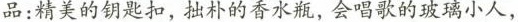
品：精美的阴扣，挂朴的音水瓶，会唱歌的玻璃小人，